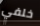
خلفي